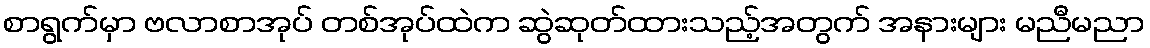
စာရွက်မှာ ဗလာစာအုပ် တစ်အုပ်ထဲက ဆွဲဆုတ်ထားသည့်အတွက် အနားများ မညီမညာ